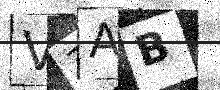
Text: V7AB